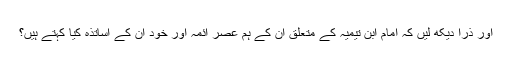
اور ذرا دیکھ لیں کہ امام ابن تیمیہ کے متعلق ان کے ہم عصر ائمہ اور خود ان کے اساتذہ کیا کہتے ہیں؟